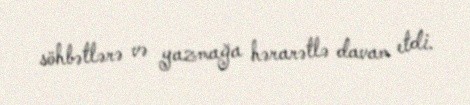
söhbətlərə və yazmağa hərarətlə davam etdi.